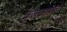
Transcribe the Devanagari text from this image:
तुळसाआक्कांची